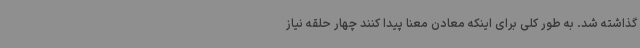
گذاشته شد. به طور کلی برای اینکه معادن معنا پیدا کنند چهار حلقه نیاز